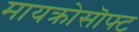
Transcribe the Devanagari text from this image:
मायक्रोसॊफ्ट